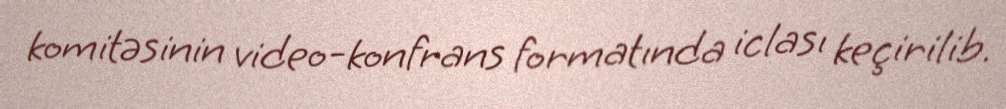
komitəsinin video-konfrans formatında iclası keçirilib.